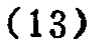
$(13)$